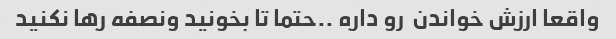
واقعا ارزش خواندن  رو داره ..حتما تا بخونید ونصفه رها نکنید